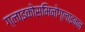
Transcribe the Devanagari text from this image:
ग्लाइकोसमिनोग्लाइकन